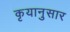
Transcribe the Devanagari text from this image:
कृयानुसार